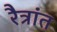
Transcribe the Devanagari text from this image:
रैत्रांत